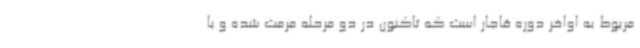
مربوط به اواخر دوره قاجار است که تاکنون در دو مرحله مرمت شده و با